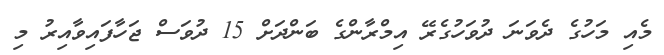
މެއި މަހުގެ ދެވަނަ ދުވަހުގެރޭ އިމްރާންގެ ބަންދަށް 15 ދުވަސް ޖަހާފައިވާއިރު މި